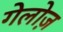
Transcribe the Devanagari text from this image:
गेलोज़